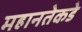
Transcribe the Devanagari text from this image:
महानतेकडे